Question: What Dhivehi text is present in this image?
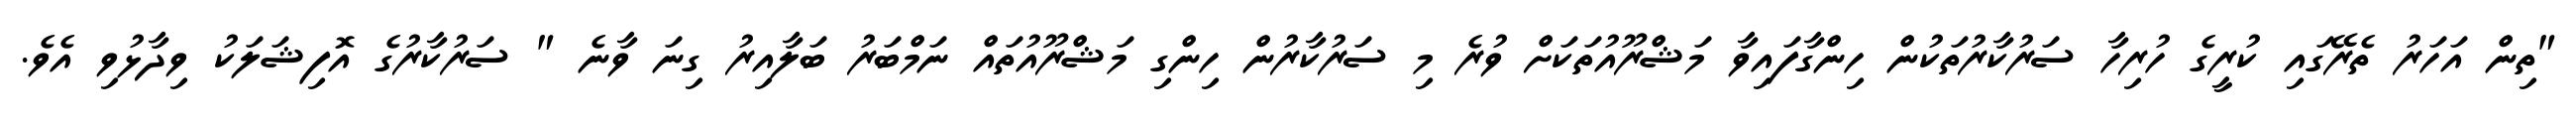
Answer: "ތިން އަހަރު ތެރޭގައި ކުރީގެ ހުރިހާ ސަރުކާރުތަކުން ހިންގާފައިވާ މަޝްރޫއުތަކަށް ވުރެ މި ސަރުކާރުން ހިންގި މަޝްރޫއުތައް ނަމްބަރު ބަލާއިރު ގިނަ ވާނެ " ސަރުކާރުގެ އޮފިޝަލަކު ވިދާޅުވި އެވެ.